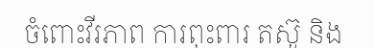
ចំពោះវីរភាព ការពុះពារ តស៊ូ និង